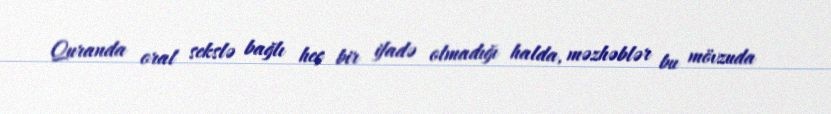
Quranda oral sekslə bağlı heç bir ifadə olmadığı halda, məzhəblər bu mövzuda